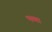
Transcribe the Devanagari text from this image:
भग्गा